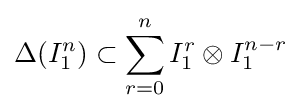
\Delta (I_{1}^{n})\subset \sum _{r=0}^{n}I_{1}^{r}\otimes I_{1}^{n-r}